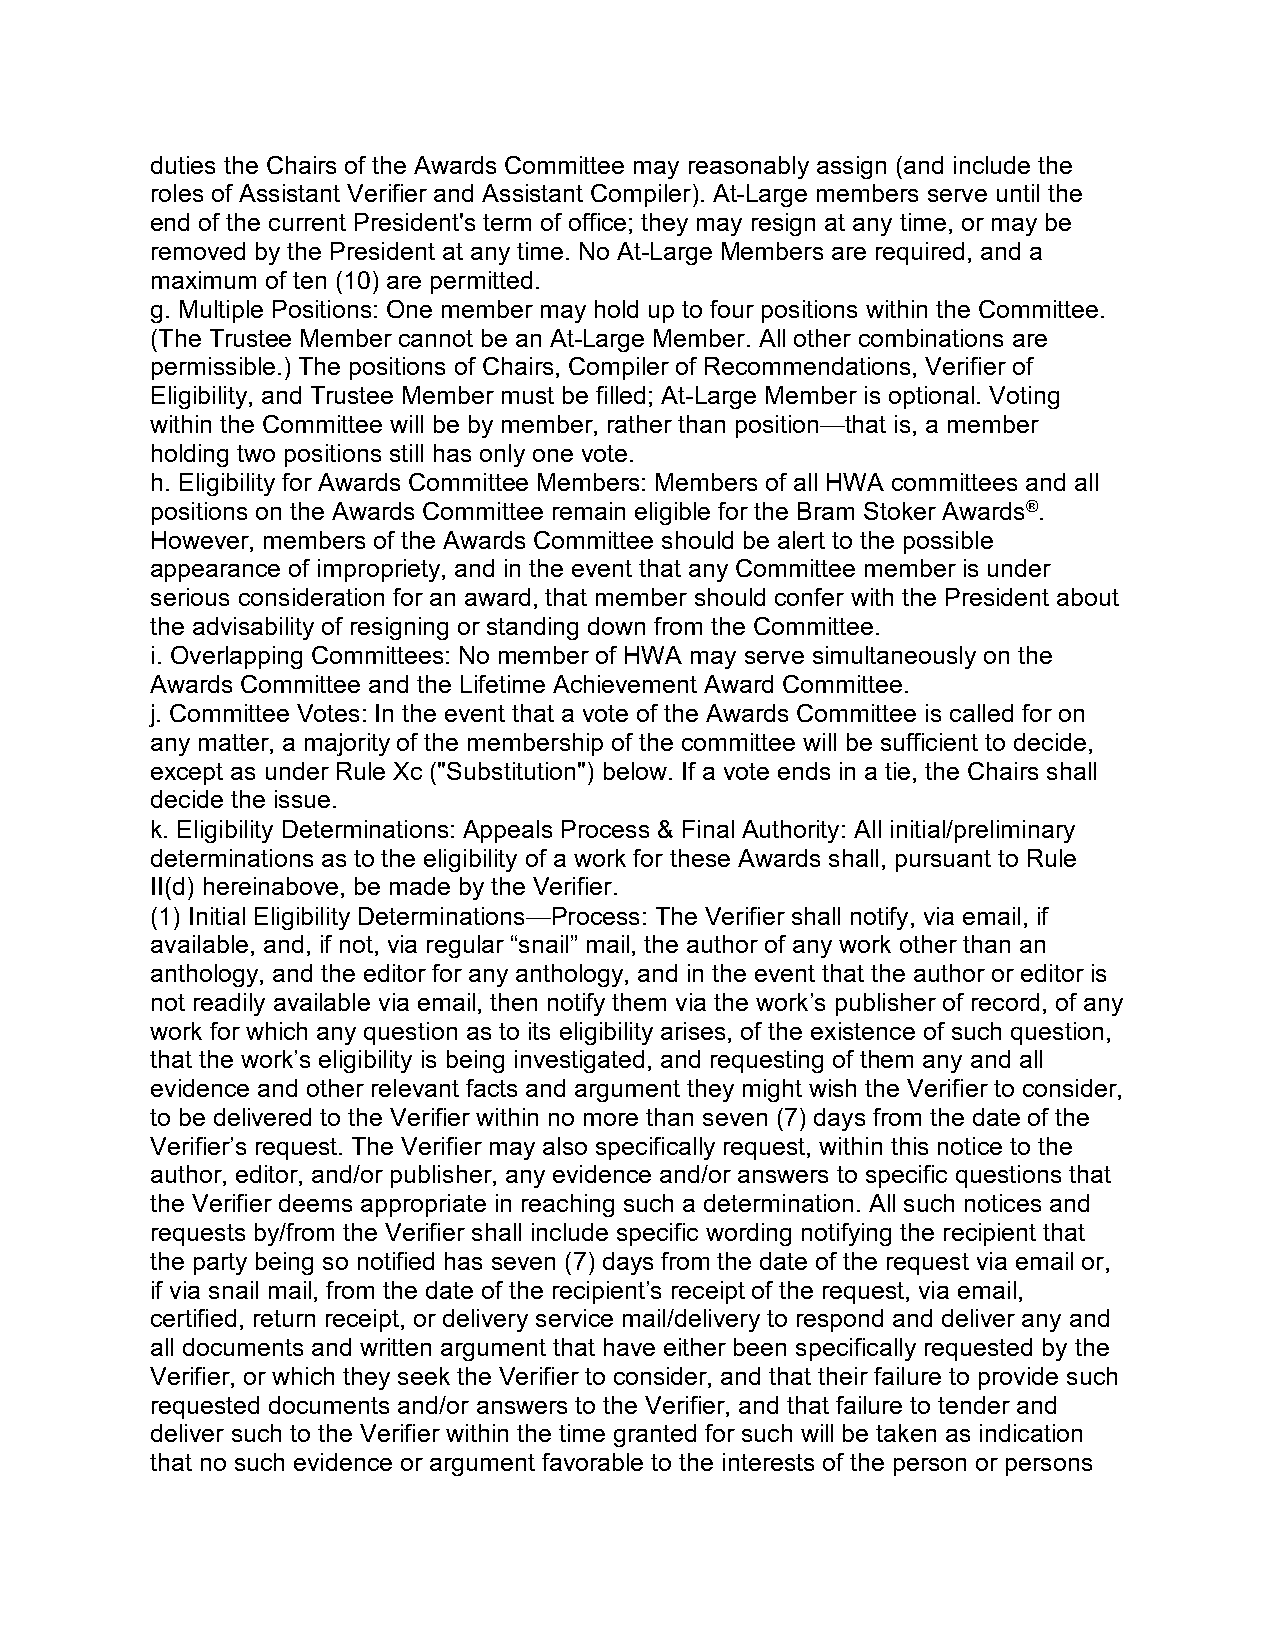
duties the Chairs of the Awards Committee may reasonably assign (and include the
 roles of Assistant Verifier and Assistant Compiler). At-Large members serve until the
 end of the current President's term of office; they may resign at any time, or may be
 removed by the President at any time. No At-Large Members are required, and a
 maximum of ten (10) are permitted.
 g. Multiple Positions: One member may hold up to four positions within the Committee.
 (The Trustee Member cannot be an At-Large Member. All other combinations are
 permissible.) The positions of Chairs, Compiler of Recommendations, Verifier of
 Eligibility, and Trustee Member must be filled; At-Large Member is optional. Voting
 within the Committee will be by member, rather than position—that is, a member
 holding two positions still has only one vote.
 h. Eligibility for Awards Committee Members: Members of all HWA committees and all
 positions on the Awards Committee remain eligible for the Bram Stoker Awards®.
 However, members of the Awards Committee should be alert to the possible
 appearance of impropriety, and in the event that any Committee member is under
 serious consideration for an award, that member should confer with the President about
 the advisability of resigning or standing down from the Committee.
 i. Overlapping Committees: No member of HWA may serve simultaneously on the
 Awards Committee and the Lifetime Achievement Award Committee.
 j. Committee Votes: In the event that a vote of the Awards Committee is called for on
 any matter, a majority of the membership of the committee will be sufficient to decide,
 except as under Rule Xc ("Substitution") below. If a vote ends in a tie, the Chairs shall
 decide the issue.
 k. Eligibility Determinations: Appeals Process & Final Authority: All initial/preliminary
 determinations as to the eligibility of a work for these Awards shall, pursuant to Rule
 II(d) hereinabove, be made by the Verifier.
 (1) Initial Eligibility Determinations—Process: The Verifier shall notify, via email, if
 available, and, if not, via regular “snail” mail, the author of any work other than an
 anthology, and the editor for any anthology, and in the event that the author or editor is
 not readily available via email, then notify them via the work’s publisher of record, of any
 work for which any question as to its eligibility arises, of the existence of such question,
 that the work’s eligibility is being investigated, and requesting of them any and all
 evidence and other relevant facts and argument they might wish the Verifier to consider,
 to be delivered to the Verifier within no more than seven (7) days from the date of the
 Verifier’s request. The Verifier may also specifically request, within this notice to the
 author, editor, and/or publisher, any evidence and/or answers to specific questions that
 the Verifier deems appropriate in reaching such a determination. All such notices and
 requests by/from the Verifier shall include specific wording notifying the recipient that
 the party being so notified has seven (7) days from the date of the request via email or,
 if via snail mail, from the date of the recipient’s receipt of the request, via email,
 certified, return receipt, or delivery service mail/delivery to respond and deliver any and
 all documents and written argument that have either been specifically requested by the
 Verifier, or which they seek the Verifier to consider, and that their failure to provide such
 requested documents and/or answers to the Verifier, and that failure to tender and
 deliver such to the Verifier within the time granted for such will be taken as indication
 that no such evidence or argument favorable to the interests of the person or persons